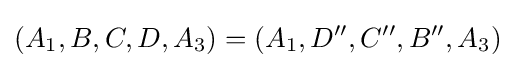
(A_{1},B,C,D,A_{3})=(A_{1},D'',C'',B'',A_{3})